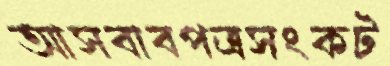
আসবাবপত্রসংকট